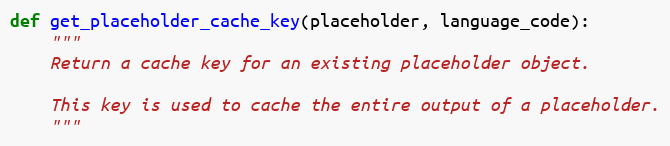
Language: Python
def get_placeholder_cache_key(placeholder, language_code):
    """
    Return a cache key for an existing placeholder object.

    This key is used to cache the entire output of a placeholder.
    """